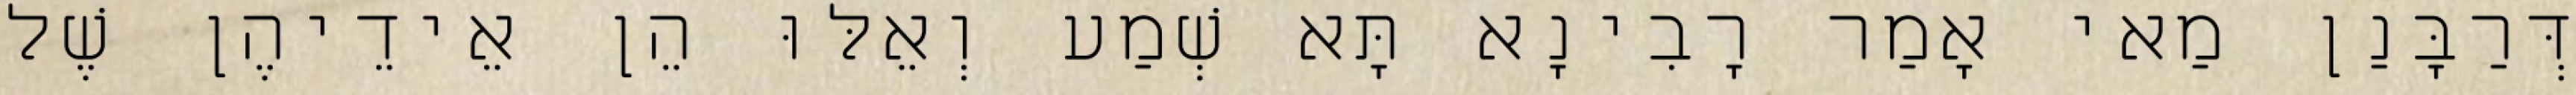
דְּרַבָּנַן מַאי אָמַר רָבִינָא תָּא שְׁמַע וְאֵלּוּ הֵן אֵידֵיהֶן שֶׁל